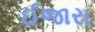
ઈજારા